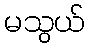
မသွယ်